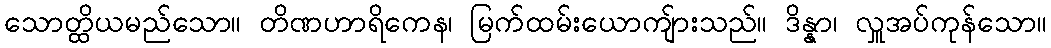
သောတ္ထိယမည်သော။ တိဏဟာရိကေန၊ မြက်ထမ်းယောကျ်ားသည်။ ဒိန္နာ၊ လှူအပ်ကုန်သော။